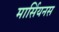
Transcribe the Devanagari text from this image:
मार्सियनस